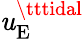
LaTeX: \mathit{u}_{\mathrm{{E}}}^{\tttidal}